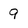
Character: 9